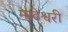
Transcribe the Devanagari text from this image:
माढेश्वरी